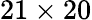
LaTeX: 21\times 20